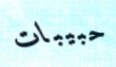
حبيبات